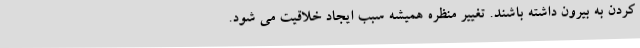
کردن به بیرون داشته باشند. تغییر منظره همیشه سبب ایجاد خلاقیت می شود.